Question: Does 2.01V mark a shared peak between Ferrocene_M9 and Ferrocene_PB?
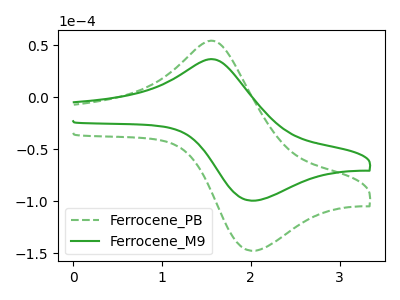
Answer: <think>The green dashed curve "Ferrocene_PB" has an anodic peak at (1.60V, 53.65uA) and a cathodic peak at (2.00V, -147.65uA). The green curve "Ferrocene_M9" has an anodic peak at (1.60V, 36.15uA) and a cathodic peak at (2.00V, -99.50uA).</think>
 <answer>Yes, "Ferrocene_M9" and "Ferrocene_PB" share a peak at 2.01V.</answer>
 <eval>match</eval>